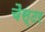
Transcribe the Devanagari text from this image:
चैस्टर